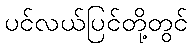
ပင်လယ်ပြင်တို့တွင်